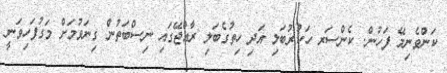
ކަންވެނިމޭ ފަހުން. ކެންސަރ ހަކުރުބަލި އަދި ހިތުގެބަލި ރާއްޖޭގައި ނިސްބަތުން ގިނަވުމަށް މަގުފަހިވަނީ